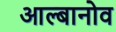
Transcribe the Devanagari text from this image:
आल्बानोव